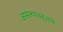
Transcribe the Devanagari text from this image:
असल्याबद्दलचे